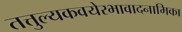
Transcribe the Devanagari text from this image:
तत्तुल्यकवयेरभावादनामिका